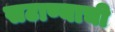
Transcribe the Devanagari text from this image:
सटाण्याची